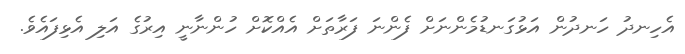
އެހިނދު ހަނދުން އަޅުގަނޑުމެންނަށް ފެންނަ ފަރާތަށް އެއްކޮށް ހުންނާނީ އިރުގެ އަލި އެޅިފައެވެ.